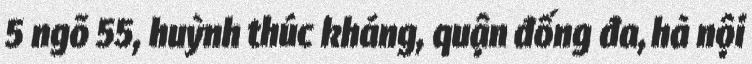
5 ngõ 55, huỳnh thúc kháng, quận đống đa, hà nội